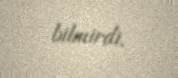
bilmirdi.